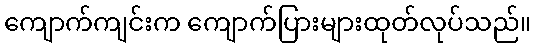
ကျောက်ကျင်းက ကျောက်ပြားများထုတ်လုပ်သည်။